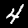
Label: 4